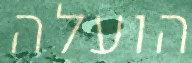
הועלה